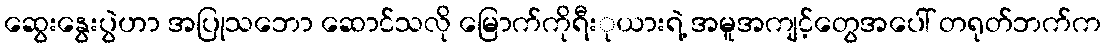
ဆွေးနွေးပွဲဟာ အပြုသဘော ဆောင်သလို မြောက်ကိုရီးုယားရဲ့ အမူအကျင့်တွေအပေါ် တရုတ်ဘက်က